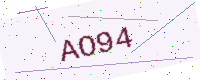
Text: AO94